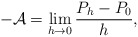
\begin{align*}-{\cal A}=\lim_{h\to 0} {P_h-P_0\over h} , \end{align*}